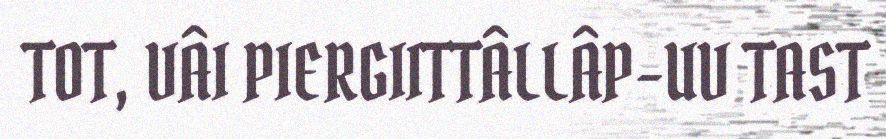
TOT, VÂI PIERGIITTÂLLÂP-UV TAST